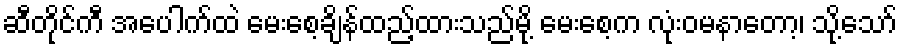
ဆီတိုင်ကီ အပေါက်ထဲ မေးစေ့ချိန်ထည့်ထားသည်မို့ မေးစေ့က လုံးဝမနာတော့၊ သို့သော်